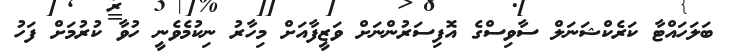
ބަލަހައްޓާ ކަރެކްޝަނަލް ސާވިސްގެ އޮފިސަރުންނަށް ވަޒީފާއަށް މިހާރު ނިކުމެވެނީ ހުވާ ކުރުމަށް ފަހު